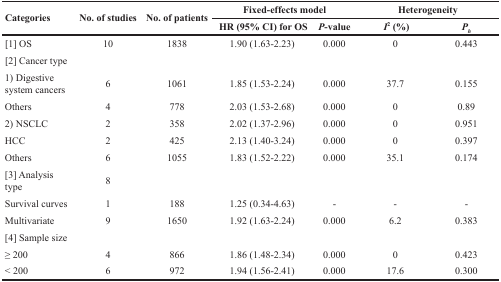
<table><thead><tr><td rowspan="2"><b>Categories</b></td><td rowspan="2"><b>No. of studies</b></td><td rowspan="2"><b>No. of patients</b></td><td colspan="2"><b>Fixed-effects model</b></td><td colspan="2"><b>Heterogeneity</b></td></tr><tr><td><b>HR (95% CI) for OS</b></td><td><b><i>P</i>-value</b></td><td><b><i>I</i><sup>2</sup> (%)</b></td><td><b><i>P</i><sub><i>h</i></sub></b></td></tr></thead><tbody><tr><td>[1] OS</td><td>10</td><td>1838</td><td>1.90 (1.63-2.23)</td><td>0.000</td><td>0</td><td>0.443</td></tr><tr><td>[2] Cancer type</td><td></td><td></td><td></td><td></td><td></td><td></td></tr><tr><td>1) Digestive system cancers</td><td>6</td><td>1061</td><td>1.85 (1.53-2.24)</td><td>0.000</td><td>37.7</td><td>0.155</td></tr><tr><td>Others</td><td>4</td><td>778</td><td>2.03 (1.53-2.68)</td><td>0.000</td><td>0</td><td>0.89</td></tr><tr><td>2) NSCLC</td><td>2</td><td>358</td><td>2.02 (1.37-2.96)</td><td>0.000</td><td>0</td><td>0.951</td></tr><tr><td>HCC</td><td>2</td><td>425</td><td>2.13 (1.40-3.24)</td><td>0.000</td><td>0</td><td>0.397</td></tr><tr><td>Others</td><td>6</td><td>1055</td><td>1.83 (1.52-2.22)</td><td>0.000</td><td>35.1</td><td>0.174</td></tr><tr><td>[3] Analysis type</td><td>8</td><td></td><td></td><td></td><td></td><td></td></tr><tr><td>Survival curves</td><td>1</td><td>188</td><td>1.25 (0.34-4.63)</td><td>-</td><td>-</td><td>-</td></tr><tr><td>Multivariate</td><td>9</td><td>1650</td><td>1.92 (1.63-2.24)</td><td>0.000</td><td>6.2</td><td>0.383</td></tr><tr><td>[4] Sample size</td><td></td><td></td><td></td><td></td><td></td><td></td></tr><tr><td>≥ 200</td><td>4</td><td>866</td><td>1.86 (1.48-2.34)</td><td>0.000</td><td>0</td><td>0.423</td></tr><tr><td>&lt; 200</td><td>6</td><td>972</td><td>1.94 (1.56-2.41)</td><td>0.000</td><td>17.6</td><td>0.300</td></tr></tbody></table>